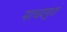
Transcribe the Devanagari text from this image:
माधवपुरा